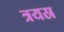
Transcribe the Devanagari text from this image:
त्रयस्र